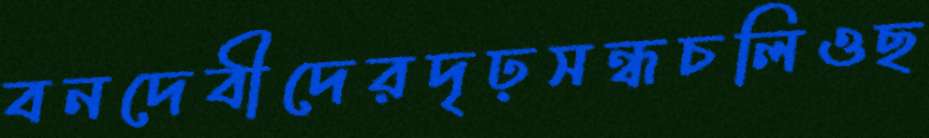
বনদেবীদেরদৃঢ়সন্ধচলিওছ